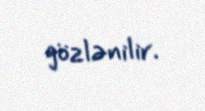
gözlənilir.